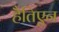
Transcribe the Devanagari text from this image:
हैतिएन